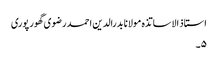
استاذ الاساتذہ مولانا بدرالدین احمد رضوی گھور پوری
۵۔